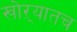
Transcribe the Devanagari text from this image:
खोऱ्यातच